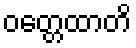
ဝတ္တေထာတိ